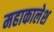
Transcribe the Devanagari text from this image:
महाकालेश